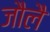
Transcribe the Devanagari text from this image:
जौलै